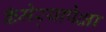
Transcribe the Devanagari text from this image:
कॅमेर्‍यापेक्षा